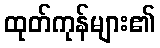
ထုတ်ကုန်များ၏